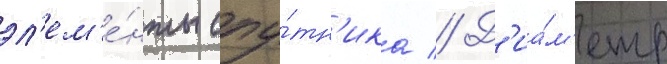
эл'ем'е́нты спу́тн'ика // Д'иа́м'етр